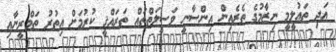
އަދި ތަޢުލީމީ ނިޒާމުގެ ތެރެއިން އިންސާނީ ވަސީލަތްތައް ތަރައްޤީ ކުރުމަށް އިތުރު ތަމްރީނާއި